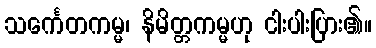
သင်္ကေတကမ္မ၊ နိမိတ္တကမ္မဟု ငါးပါးပြား၏။